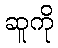
ဆူကို